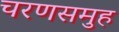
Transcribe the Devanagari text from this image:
चरणसमुह